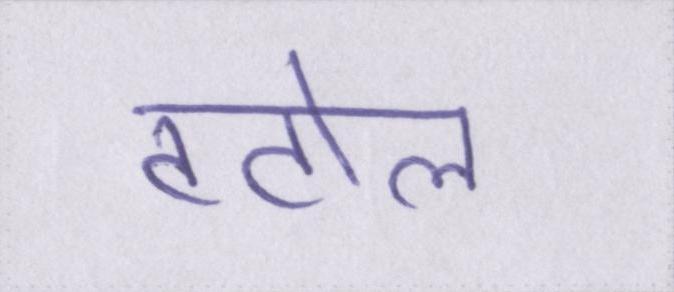
टटोल